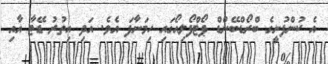
އެ ކުންފުނީގެ ބްރޯޑްބޭންޑް ޕޯޓްފޯލިއޯގައި ހިމަނާފަ އެވެ. އަދި އިތުރު ޑޭޓާ އާއި